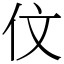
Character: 伩